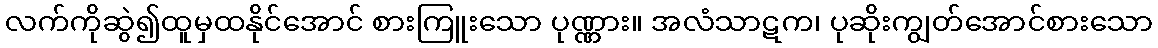
လက်ကိုဆွဲ၍ထူမှထနိုင်အောင် စားကြူးသော ပုဏ္ဏား။ အလံသာဋက၊ ပုဆိုးကျွတ်အောင်စားသော